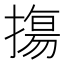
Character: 摥